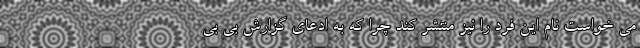
می خواست نام این فرد را نیز منتشر کند چرا که به ادعای گزارش بی بی